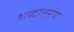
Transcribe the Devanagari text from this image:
शब्दांतरण